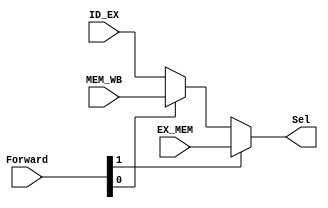
`timescale 1ns / 1ps
//////////////////////////////////////////////////////////////////////////////////
// Company: 
// Engineer: 
// 
// Design Name: 
// Module Name:    forwardMux 
// Project Name: 
// Target Devices: 
// Tool versions: 
// Description: 
//
// Dependencies: 
//
// Revision: 
// Revision 0.01 - File Created
// Additional Comments: 
//
//////////////////////////////////////////////////////////////////////////////////
module forwardMux(
    input [31:0] ID_EX,
    input [31:0] EX_MEM,
    input [31:0] MEM_WB,
    input [1:0] Forward,
    output [31:0] Sel
    );
	 wire [31:0] TEMP;
	 assign Sel =  Forward[1] ? EX_MEM : TEMP;
	 assign TEMP=	Forward[0] ? MEM_WB : ID_EX;
endmodule